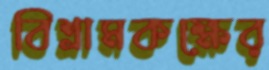
বিশ্রামকক্ষের